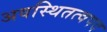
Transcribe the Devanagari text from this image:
अवस्थितत्वपद